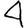
Digit: 4